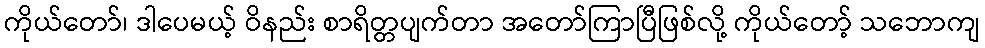
ကိုယ်တော်၊ ဒါပေမယ့် ဝိနည်း စာရိတ္တပျက်တာ အတော်ကြာပြီဖြစ်လို့ ကိုယ်တော့် သဘောကျ